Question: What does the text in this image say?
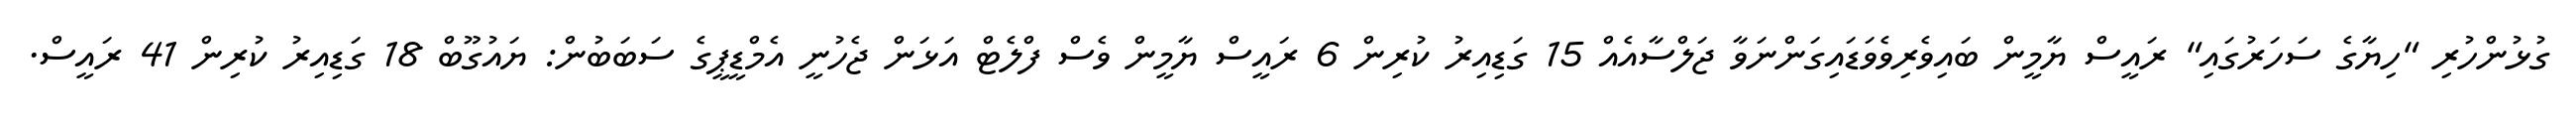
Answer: ގުޅުންހުރި "ހިޔާގެ ސަހަރުގައި" ރައީސް ޔާމީން ބައިވެރިވެވަޑައިގަންނަވާ ޖަލްސާއެއް 15 ގަޑިއިރު ކުރިން 6 ރައީސް ޔާމީން ވެސް ފްލެޓް އަޅަން ޖެހުނީ އެމްޑީޕީގެ ސަބަބުން: ޔައުގޫބް 18 ގަޑިއިރު ކުރިން 41 ރައީސް.